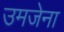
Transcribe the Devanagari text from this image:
उमजेना